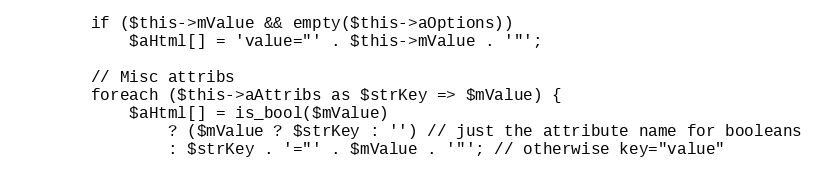
Language: PHP
        if ($this->mValue && empty($this->aOptions))
            $aHtml[] = 'value="' . $this->mValue . '"';

        // Misc attribs
        foreach ($this->aAttribs as $strKey => $mValue) {
            $aHtml[] = is_bool($mValue)
                ? ($mValue ? $strKey : '') // just the attribute name for booleans
                : $strKey . '="' . $mValue . '"'; // otherwise key="value"